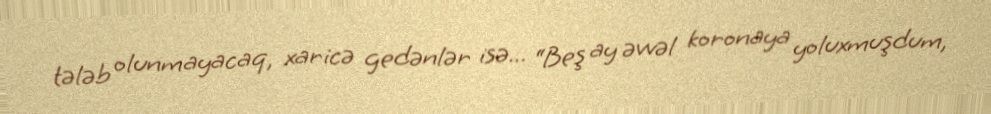
tələb olunmayacaq, xaricə gedənlər isə... “Beş ay əvvəl koronaya yoluxmuşdum,